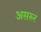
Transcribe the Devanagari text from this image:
असरूर